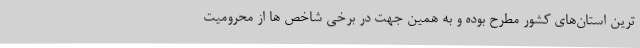
ترین استان‌های کشور مطرح بوده و به همین جهت در برخی شاخص ها از محرومیت